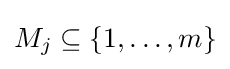
M_{j}\subseteq \{1,\ldots ,m\}